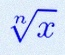
\sqrt[n]{x}